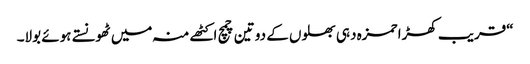
“قریب کھڑا حمزہ دہی بھلوں کے دو تین چمچ اکٹھے منہ میں ٹھونستے ہوئے بولا۔